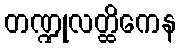
တဏ္ဍုလတ္ထိကေန